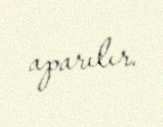
aparılır.